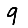
Digit: 9